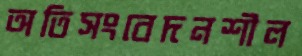
অতিসংবেদনশীল